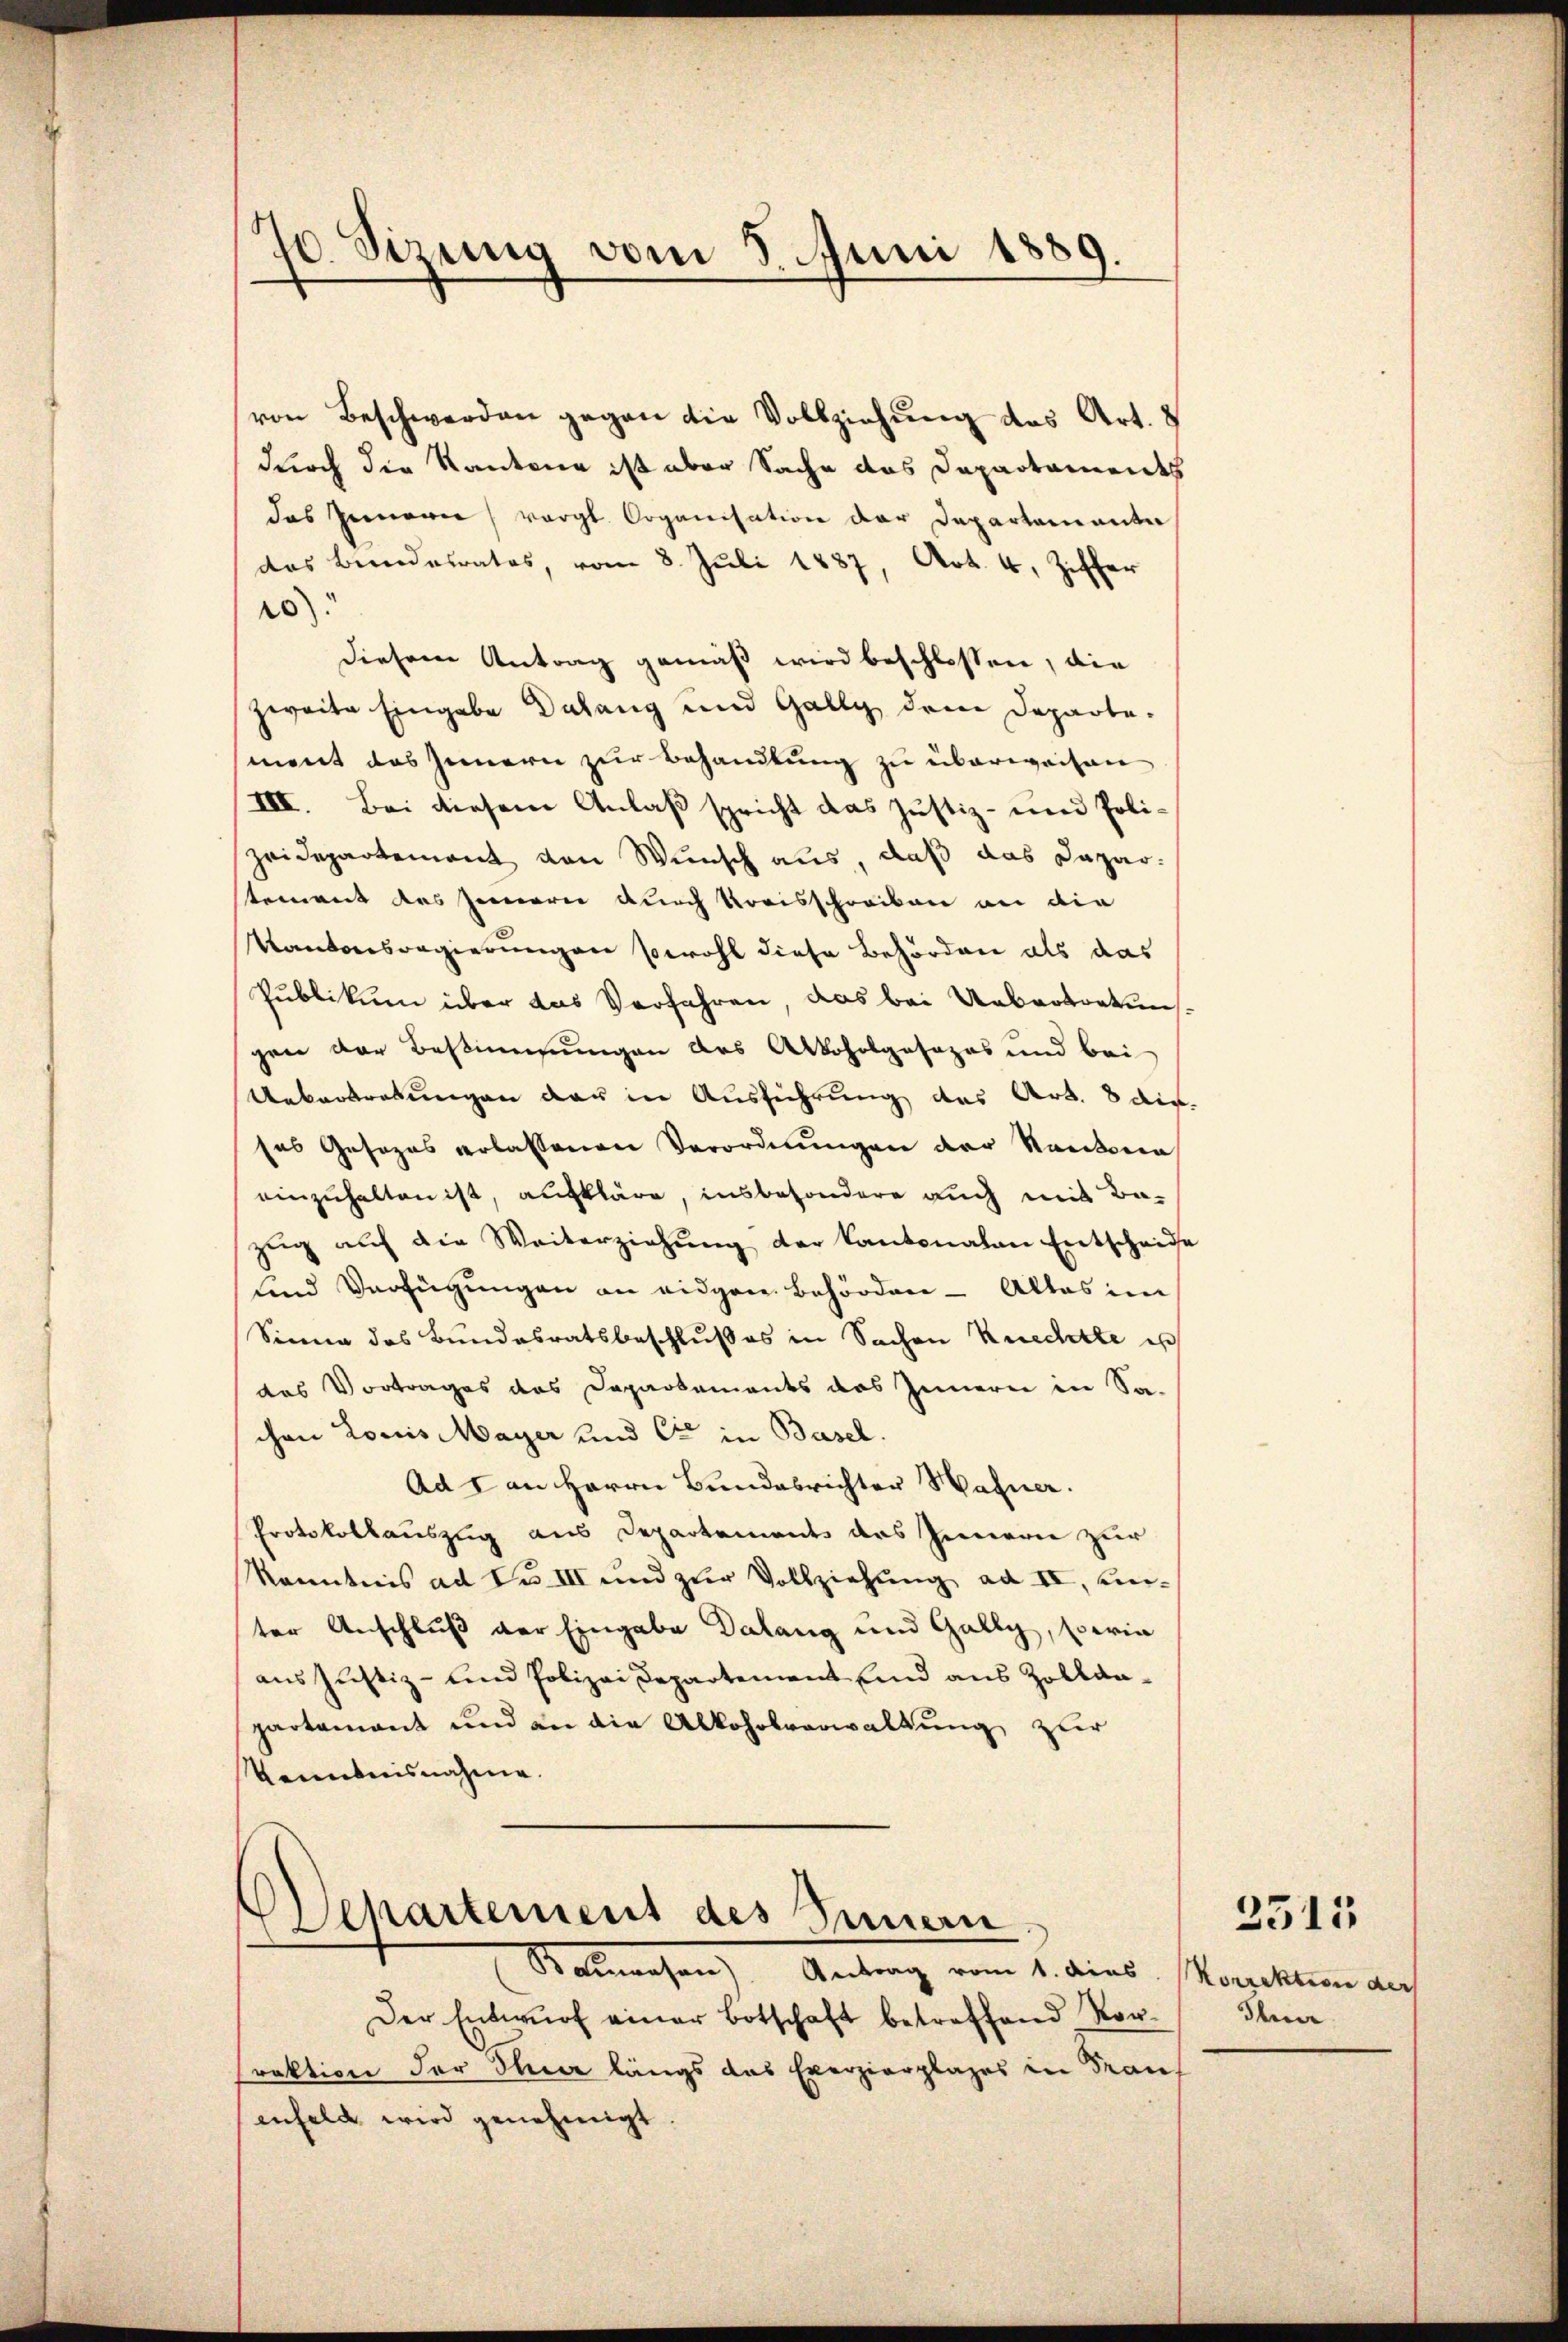
70. Sizung vom 8. Juni 1889.

von Beschwerden gegen die Vollziehung des Art. 8
durch die Kantone ist aber Sache das Dapartamendes
das Gemarie, vergl. Organisation der Departamante
das Bundesrates, vom 8. Juli 1887, Art. 4, Ziffer
20):
diesem Antrag gemäß wird beschlossen, die
zweite Eingabe Dalang und Gally dem Departement das Innern zur Behandlung zu überweisen
III. Bei diesem Anlaß spricht das Justiz- und Polizeidepartement von Wunsch aus, daß das Daparstement des Innern durch Kreisschreiben an die
Kantonsregierungen sowohl diese Behörden als das
Publikum über das Verfahren, das bei Uebertretungen der Bestimmungen des Alkoholgesezes und bei
Uebertretungen der in Ausführung des Art. 8 dieses Gesezes erlassenen Verordnŭngen der Kantona
einzuhalten ist, aufkläre, insbesondere auch mit Bezŭg aŭf die Weiterziehŭng der Kantonalen Entscheide
und Verfügungen an eidgen. Behörden - Alles im
Sinne des Bundesratsbeschlußes in Sachen Knechte es
das Vortrages das Departements das Innern in Sa-
chen Loris Mayer und Ci in Basel
Ad I an Herrn Bundesrichter Hahner.
Protokollauszug aus Departements des Innern zur
Kenntnis ad No III und zur Vollziehung ad II, emter Anschluß der Eingabe Dalang und Gally, serin
aus Justiz- und Polizei Departement und aus Zollanpartement und an die Alkohrsverwaltung zur
Kenntnisnahme.

Departement des Innern

Valmachen Antrag vom 1. dies Concilium auf
Der Entwŭrf einer Botschaft betreffend Vor-
raktion der Ihrer längs das Exerzierplages in drauf
enfeld wird genehmigt

Ihrer

2315